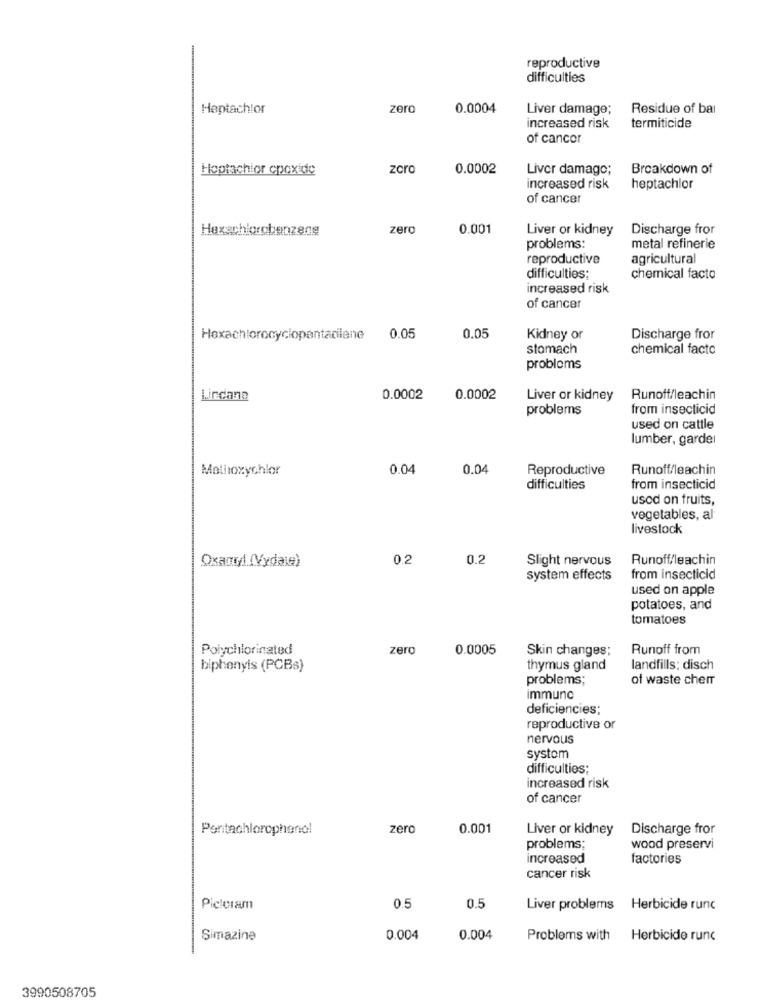
reproductive
difficulties
Heptachlor
zero
0.0004
Liver damage;
Residue of bal
increased risk
termiticide
of cancer
Hoptachlor cpoxide
zoro
0.0002
Liver damage;
Breakdown of
increased risk
heptachlor
of cancer
Hexachlorobenzene
zero
0.001
Liver or kidney
Discharge fror
problems:
metal refinerie
reproductive
agricultural
difficulties;
chemical facto
increased risk
of cancer
Hexachlorocyciopantadiane
0.05
0.05
Kidney or
Discharge fror
stomach
chemical facto
problems
Lirdane
0.0002
0.0002
Liver or kidney
Runoff/leachin
problems
from insecticid
used on cattle
lumber, garder
Methoxychlor
0.04
0.04
Reproductive
Runoff/leachin
difficulties
from insecticid
used on fruits,
vegetables, al
livestock
Oxand (Vydas)
0.2
0.2
Slight nervous
Runoff/leachin
system effects
from insecticid
used on apple
potatoes, and
tomatoes
Poiychlorinated
zero
0.0005
Skin changes;
Runoff from
biphenyis (PCBs)
thymus gland
landfills; disch
problems;
of waste chem
immuno
deficiencies;
reproductive or
nervous
systom
difficulties;
increased risk
of cancer
Pentachlorophenol
zero
0.001
Liver or kidney
Discharge fror
problems;
wood preservi
increased
factories
cancer risk
Pielcram
0.5
0.5
Liver problems Herbicide runc
Simazine
0.004
0.004
Problems with Herbicide runc
3990508705